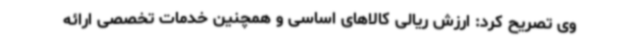
وی تصریح کرد: ارزش ریالی کالاهای اساسی و همچنین خدمات تخصصی ارائه